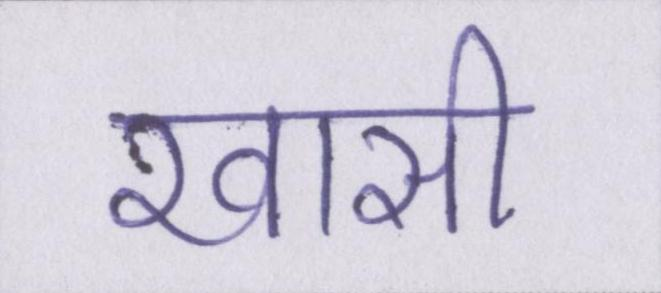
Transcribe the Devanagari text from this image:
खासी